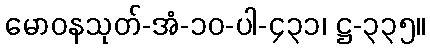
မောဝနသုတ်-အံ-၁၀-ပါ-၄၃၁၊ ဋ္ဌ-၃၃၅။